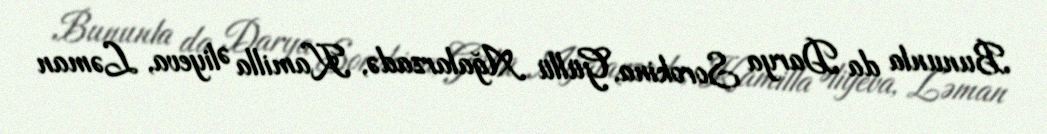
Bununla da Darya Sorokina, Güllü Ağalarzadə, Kamilla Əliyeva, Ləman